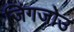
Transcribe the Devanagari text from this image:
जिंगजोउ